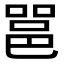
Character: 𮟹